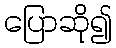
ပြောဆို၍